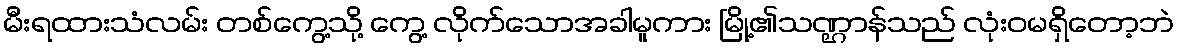
မီးရထားသံလမ်း တစ်ကွေ့သို့ ကွေ့ လိုက်သောအခါမူကား မြို့၏သဏ္ဌာန်သည် လုံးဝမရှိတော့ဘဲ